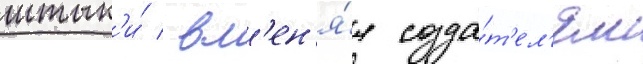
штык'и́ / вм'ен'я́я созда́т'ел'ям